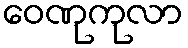
ဝေဏုကုလာ